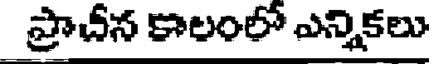
ప్రాచీన కాలంలో ఎన్నికలు